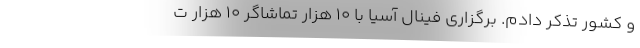
و کشور تذکر دادم. برگزاری فینال آسیا با ۱۰ هزار تماشاگر ۱۰ هزار ت